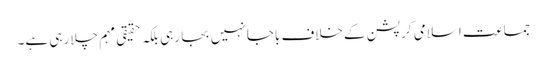
جماعت اسلامی کرپشن کے خلاف باجا نہیں بجا رہی بلکہ حقیقی مہم چلا رہی ہے۔